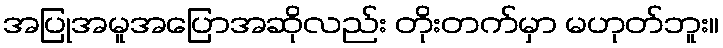
အပြုအမူအပြောအဆိုလည်း တိုးတက်မှာ မဟုတ်ဘူး။